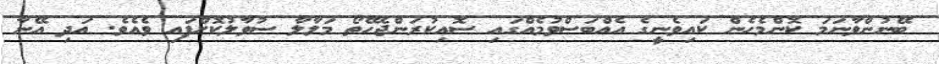
ބޭނުންވާނަމަ ކޮންމެހެން ކައިވެނީގެ އެއްބަސްވުމެއްގައި ސޮއިކުރަންޖެހޭތޯ މަލާލާ ސުވާލުކޮށްފައި ވެއެވެ. އަދި އޭނާ